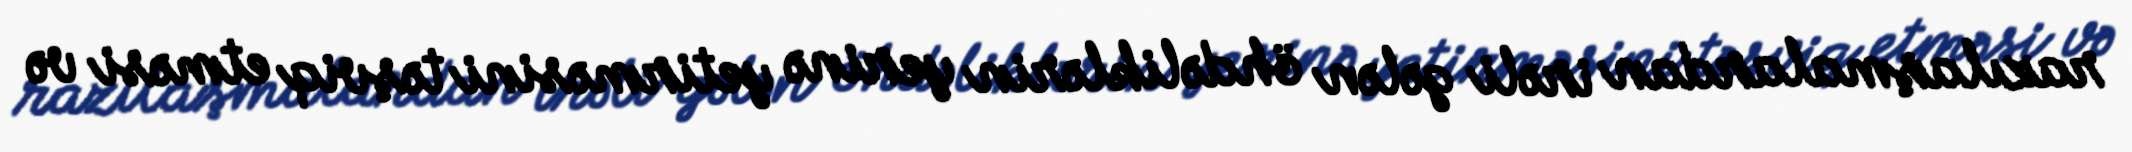
razılaşmalardan irəli gələn öhdəliklərin yerinə yetirməsini təşviq etməsi və